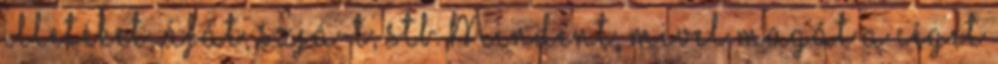
illetéket, áfát, szjá-t, stb. Mindent, mivel magát a céget